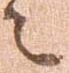
者